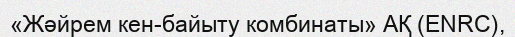
«Жәйрем кен-байыту комбинаты» АҚ (ENRC),